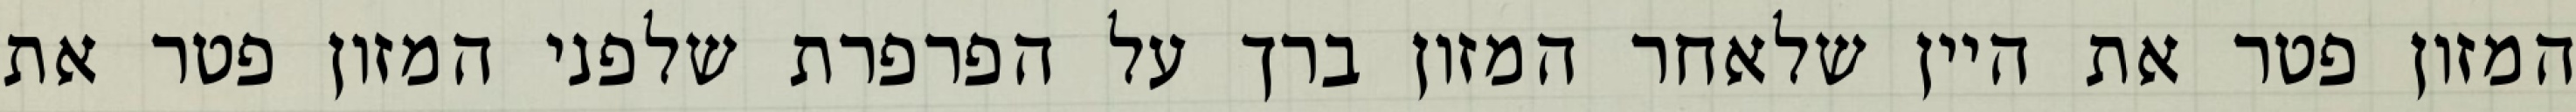
המזון פטר את היין שלאחר המזון ברך על הפרפרת שלפני המזון פטר את